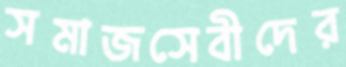
সমাজসেবীদের